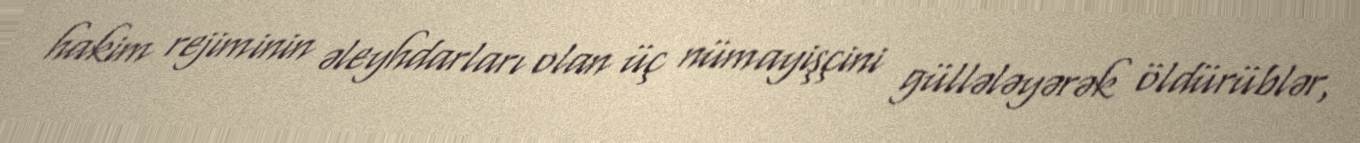
hakim rejiminin əleyhdarları olan üç nümayişçini güllələyərək öldürüblər,